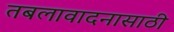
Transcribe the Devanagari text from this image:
तबलावादनासाठी